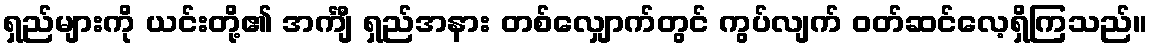
ရှည်များကို ယင်းတို့၏ အင်္ကျီ ရှည်အနား တစ်လျှောက်တွင် ကွပ်လျက် ဝတ်ဆင်လေ့ရှိကြသည်။